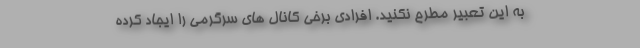
به این تعبیر مطرح نکنید. افرادی برخی کانال های سرگرمی را ایجاد کرده